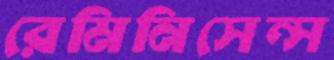
রেমিনিসেন্স